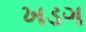
ખડગ